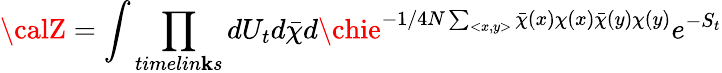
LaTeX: {\calZ}=\int\prod_{timelin\mathbf{k}s}dU_{t}d\bar{{\chi}}d\chie^{-1/{4N}\sum_{<x,y>}\bar{{\chi}}(x)\chi(x)\bar{{\chi}}(y)\chi(y)}e^{-S_{t}}